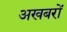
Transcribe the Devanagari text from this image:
अखबरों